Report on sanitation, dispensaries, and jails in Rajputana for 1920, and on vaccination for the year 1920-1921 - 1920-1921
Year: 1920
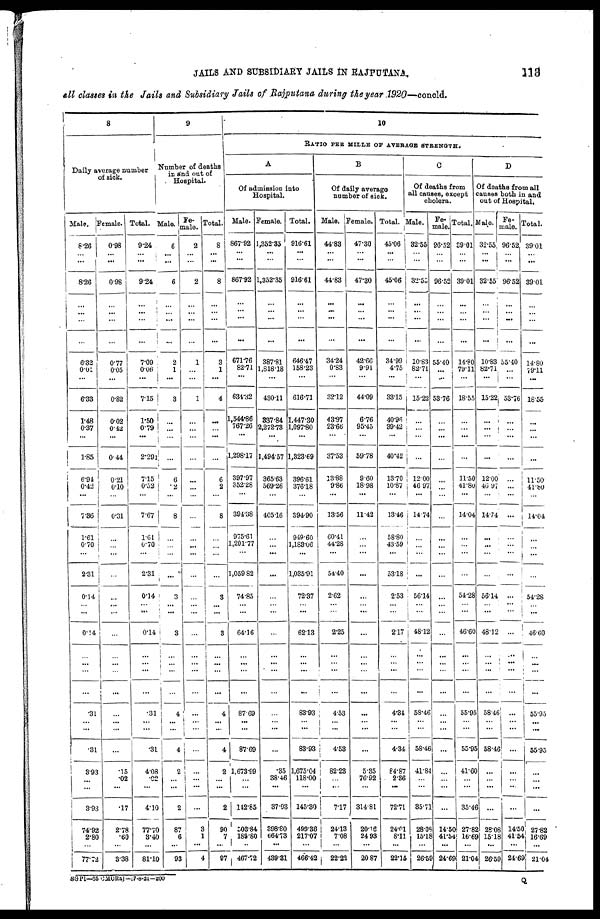
JAILS AND SUBSIDIARY JAILS IN RAJPUTANA.
113
all classes in the Jails and Subsidiary Jails of Rajputana during the year 1920—concld.
8
Daily average number
of sick.
Male.
8.26
... ...
8.26
...
...
...
...
6.32
0.01
...
6.33
1.48
0.37
...
1.85
6.94
0.42
...
7.36
1.61
0.70
...
2.31
0.14
...
...
0.14
...
...
...
...
.31
...
...
.31
3.93
...
...
3.93
74.92
2.80
...
77.72
Female.
0.98
...
...
0.98
...
...
...
...
0.77
0.05
...
0.82
0.02
0.42
...
0.44
0.21
0.10
...
0.31
...
...
...
...
...
...
...
...
...
...
...
...
...
...
...
...
.15
.02
...
.17
2.78
.60
...
3.38
Total.
9.24
...
...
9.24
...
...
...
...
7.09
0.06
...
7.15
1.50
0.79
...
2.292
7.15
0.52
...
7.67
1.61
0.70
...
2.31
0.14
...
...
0.14
...
...
...
...
.31
...
...
.31
4.08
.02
...
4.10
77.70
3.40
...
81.10
9
Number of deaths
in and out of
Hospital.
Male.
6
...
...
6
...
...
...
...
2
1
...
3
...
...
...
...
6
.2
...
8
...
...
...
...
3
...
...
3
...
... ...
...
4
...
...
4
2
...
...
2
87
6
...
93
Fe-
male.
2
...
...
2
...
...
...
...
1
...
...
1
...
...
...
...
...
...
...
...
...
...
...
...
...
...
...
...
...
... ...
...
...
...
...
...
...
...
...
...
3
1
...
4
Total.
8
...
...
8
...
...
...
...
3
1
...
4
...
...
...
...
6
2
...
8
...
...
...
...
3
...
...
3
...
...
...
...
4
...
...
4
2
... ...
2
90
7
...
97
10
RATIO PER MILLE OF AVERAGE STRENGTH.
A
Of admission into
Hospital.
Male.
867.92
...
...
867.92
...
...
...
...
671.76
82.71
...
634.32
1,544.86
767.26
...
1,298.17
397.97
352.28
...
394.38
975.61
1,201.77
...
1,059.82
74.85
...
...
64.16
...
...
...
...
87.69
...
...
87.69
1,673.99
...
...
142.85
503.84
189.80
..
467.72
Female.
1,352.35
...
...
1,352.35
...
...
...
...
387.81
1,818.18
...
430.11
337.84
2,272.73
...
1,494.57
365.63
569.26
...
405.16
...
...
...
...
...
...
...
...
...
...
...
...
...
...
...
...
.35
38.46
...
37.03
398.80
664.73
...
439.31
Total.
916.61
...
...
916.61
...
...
...
...
646.47
158.23
...
616.71
1,447.30
1,097.80
...
1,323.69
396.61
376.18
...
394.90
949.60
1,183.06
...
1,035.91
72.37
...
...
62.13
...
...
...
...
83.93
...
...
83.93
1,675.04
118.00
...
145.30
499.38
217.07
...
466.42
B
Of daily average
number of sick.
Male.
44.83
...
...
44.83
...
...
...
...
34.24
0.83
...
32.12
43.97
23.66
...
37.53
13.88
9.86
...
13.56
60.41
44.28
...
54.40
2.62
...
...
2.25
...
...
...
...
4.53
...
...
4.53
82.23
... ...
7.17
24.13
7.08
...
22.22
Female.
47.30
...
...
47.30
...
...
...
...
42.66
9.91
...
44.09
6.76
95.45
...
59.78
9.60
18.98
...
11.42
...
...
...
...
...
...
...
...
...
...
...
...
...
...
...
...
5.35
76.92
...
314.81
20.16
24.93
...
20.87
Total.
45.06
...
...
45.06
...
...
...
...
34.99
4.75
...
33.15
40.96
39.42
...
40.42
13.70
10.87
...
13.46
58.80
43.59
...
53.18
2.53
...
...
2.17
...
... ...
...
4.34
...
...
4.34
84.87
2.36
...
72.71
24.01
8.11
...
22.15
C
Of deaths from
all causes, except
cholera.
Male.
32.55
...
...
32.55
...
...
...
...
10.83
82.71
...
15.22
...
...
...
...
12.00
46.97
...
14.74
...
...
...
...
56.14
...
...
48.12
...
...
...
...
58.46
...
...
58.46
41.84
...
...
35.71
28.08
15.18
...
26.59
Fe-
male.
96.52
...
...
96.52
...
...
...
...
55.40
...
...
53.76
...
...
...
...
...
...
...
...
...
...
...
...
...
...
...
...
...
...
...
...
...
...
...
...
...
...
...
...
14.50
41.54
...
24.69
Total.
39.01
...
...
39.01
...
...
...
...
14.80
79.11
...
18.55
...
...
...
...
11.50
41.80
...
14.04
...
...
...
...
54.28
...
...
46.60
...
... ...
...
55.95
...
...
55.95
41.60
...
...
35.46
27.82
16.69
...
21.04
D
Of deaths from all
causes both in and
out of Hospital.
Male.
32.55
...
...
32.55
...
...
...
...
10.83
82.71
...
15.22
...
...
...
...
12.00
46.97
...
14.74
...
...
...
...
56.14
...
...
48.12
...
...
...
...
58.46
...
...
58.46
...
...
...
...
28.08
15.18
...
26.59
Fe-
male.
96.52
...
...
96.52
...
...
...
...
55.40
...
...
53.76
...
...
...
...
...
...
...
...
...
...
...
...
...
...
...
...
...
...
...
...
...
...
...
...
...
...
...
...
14.50
41.54
...
24.69
Total.
39.01
...
...
39.01
...
...
...
...
14.80
79.11
...
18.55
...
...
...
...
11.50
41.80
...
14.04
...
...
...
...
54.28
...
...
46.60
...
...
...
...
55.95
...
...
55.95
...
...
...
...
27.82
16.69
...
21.04
SGP1—35 CMORaj—17-8-21—200
Q